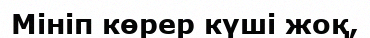
Мініп көрер күші жоқ,